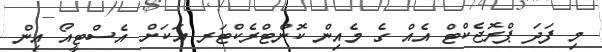
މި ފަދަ ޕްރޮޖެކްޓް އެއް ގެ މެއިން ކޮންޓްރެކްޓަރ އަކަށް އެސްޓީއޯ އިން